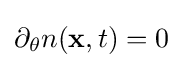
\partial _{\theta }n(\mathbf {x} ,t)=0